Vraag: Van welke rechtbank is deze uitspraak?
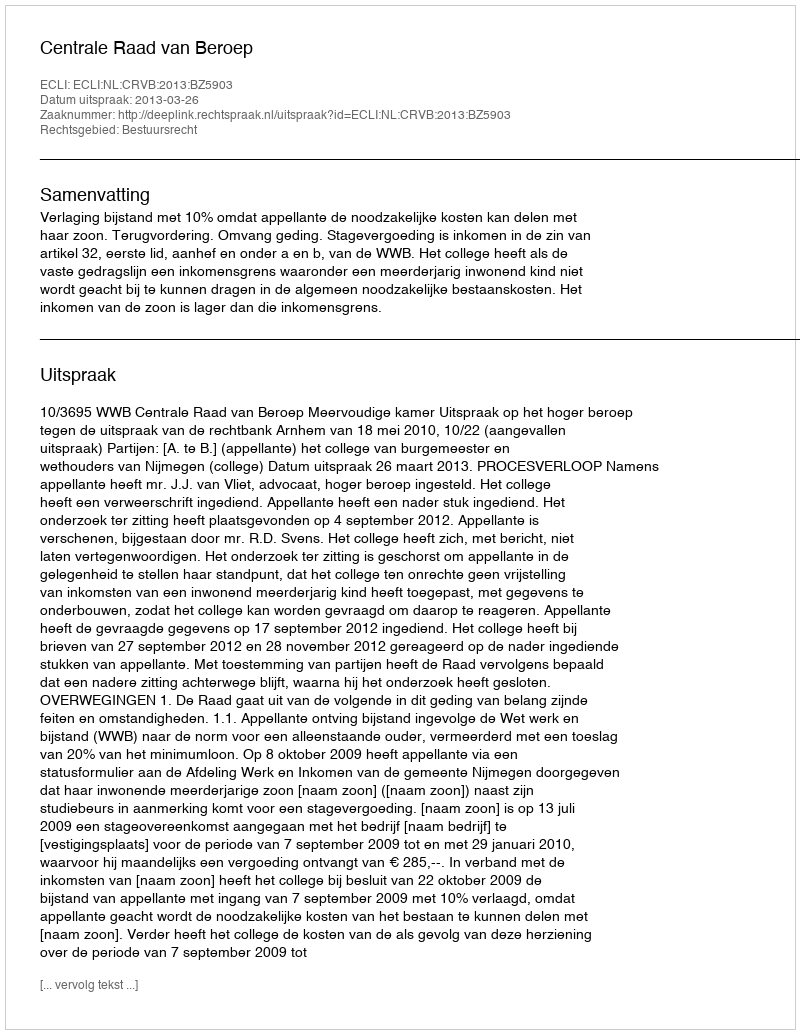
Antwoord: Centrale Raad van Beroep